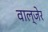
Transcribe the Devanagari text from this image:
वाल्जेर